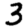
Digit: 3